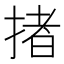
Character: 㨋